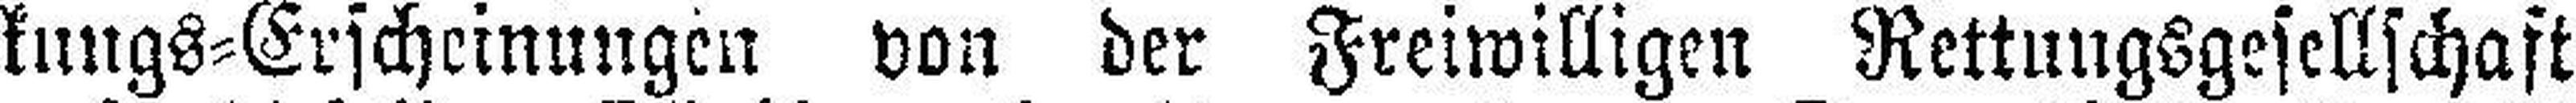
kungs=Erscheinungen von der Freiwilligen Rettungsgesellschaft